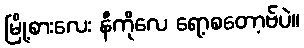
မြို့စားလေး နီကိုလေ ရော့စတော့ဗ်ပဲ။